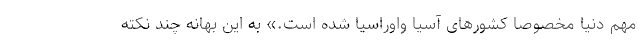
مهم دنیا مخصوصا کشورهای آسیا واوراسیا شده است.» به این بهانه چند نکته